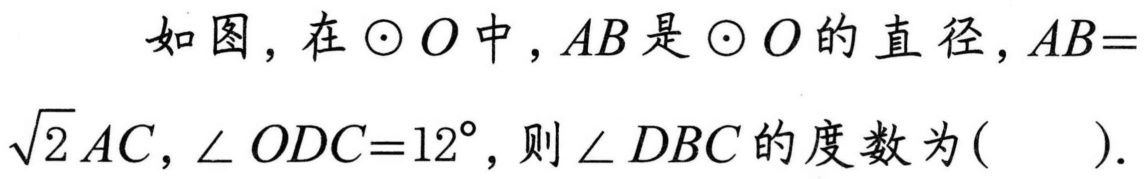
如图，在$\odot O$中，$AB$是$\odot O$的直径，$AB = \sqrt{2}AC$，$\angle ODC = 12^{\circ}$，则$\angle DBC$的度数为(  ).